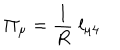
LaTeX: \Pi _ { \mu } = \frac { 1 } { R } \; l _ { \mu 4 }